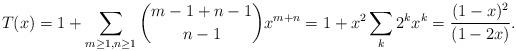
LaTeX: \begin{align*}T(x) = 1 + \sum_{m\geq 1,n \geq 1} {m-1 + n-1 \choose n-1} x^{m+n} = 1 + x^2 \sum_k 2^kx^k = \frac{(1-x)^2}{(1-2x)}.\end{align*}